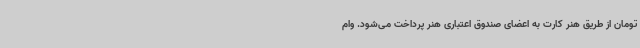
تومان از طریق هنر کارت به اعضای صندوق اعتباری هنر پرداخت می‌شود. وام